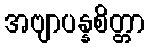
အဗျာပန္နစိတ္တာ